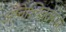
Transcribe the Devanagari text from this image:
अनिश्चिततेबाबत